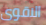
الاقوى